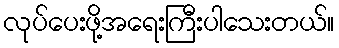
လုပ်ပေးဖို့အရေးကြီးပါသေးတယ်။